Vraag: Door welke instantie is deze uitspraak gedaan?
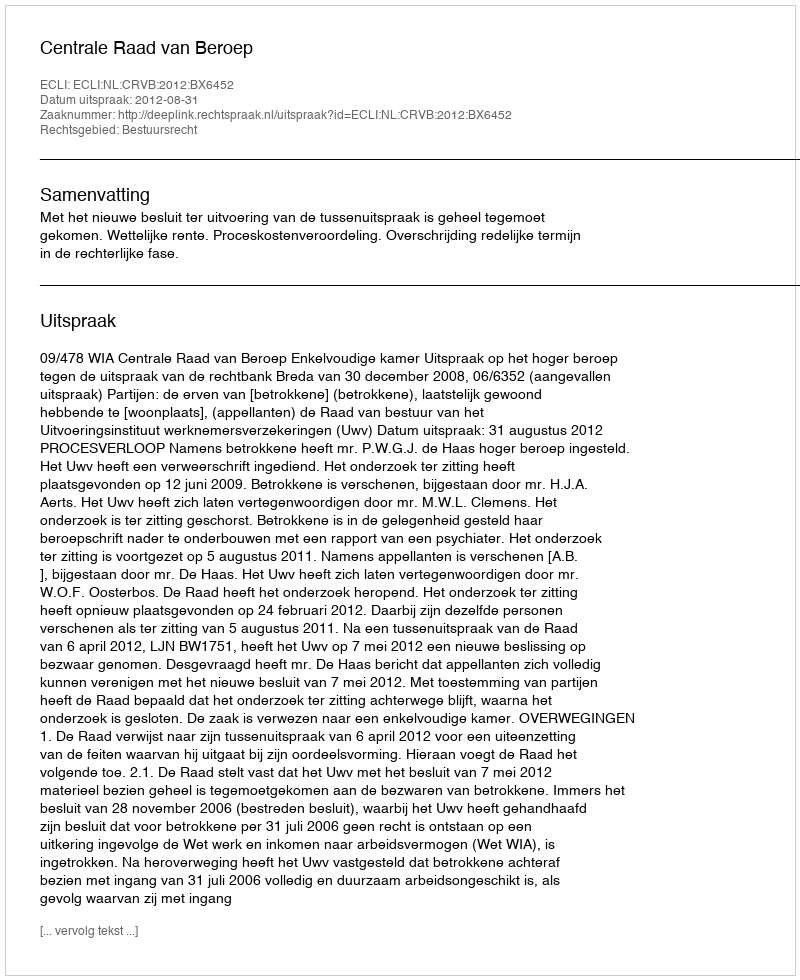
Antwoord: Centrale Raad van Beroep